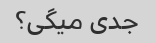
جدی میگی؟